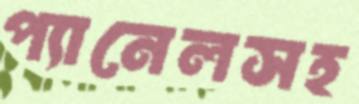
প্যানেলসহ